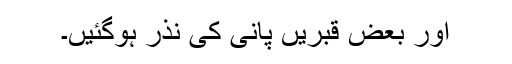
اور بعض قبریں پانی کی نذر ہوگئیں۔